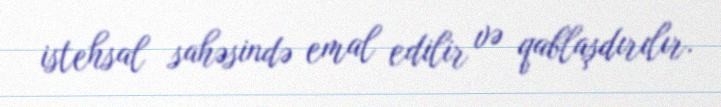
istehsal sahəsində emal edilir və qablaşdırılır.